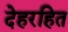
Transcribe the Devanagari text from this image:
देहरहित